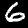
Label: 6